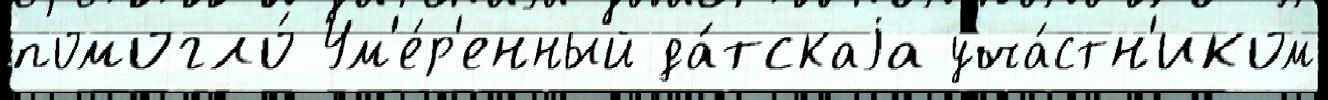
помогло́ Ум'е́р'енный да́тскаjа уча́стн'иком